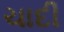
ચાદી